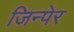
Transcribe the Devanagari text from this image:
जिन्पेर